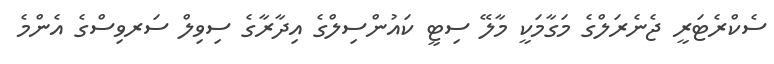
ސެކްރެޓަރީ ޖެނެރަލްގެ މަގާމަކީ މާލޭ ސިޓީ ކައުންސިލްގެ އިދާރާގެ ސިވިލް ސަރވިސްގެ އެންމެ